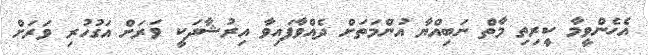
އެހެންވީމާ ކީރިތި މާތް ނަބިއްޔާ އުންމަތަށް ދެއްވާފައިވާ އިރުޝާދަކީ ވަރަށް އަގުހުރި ވަރަށް